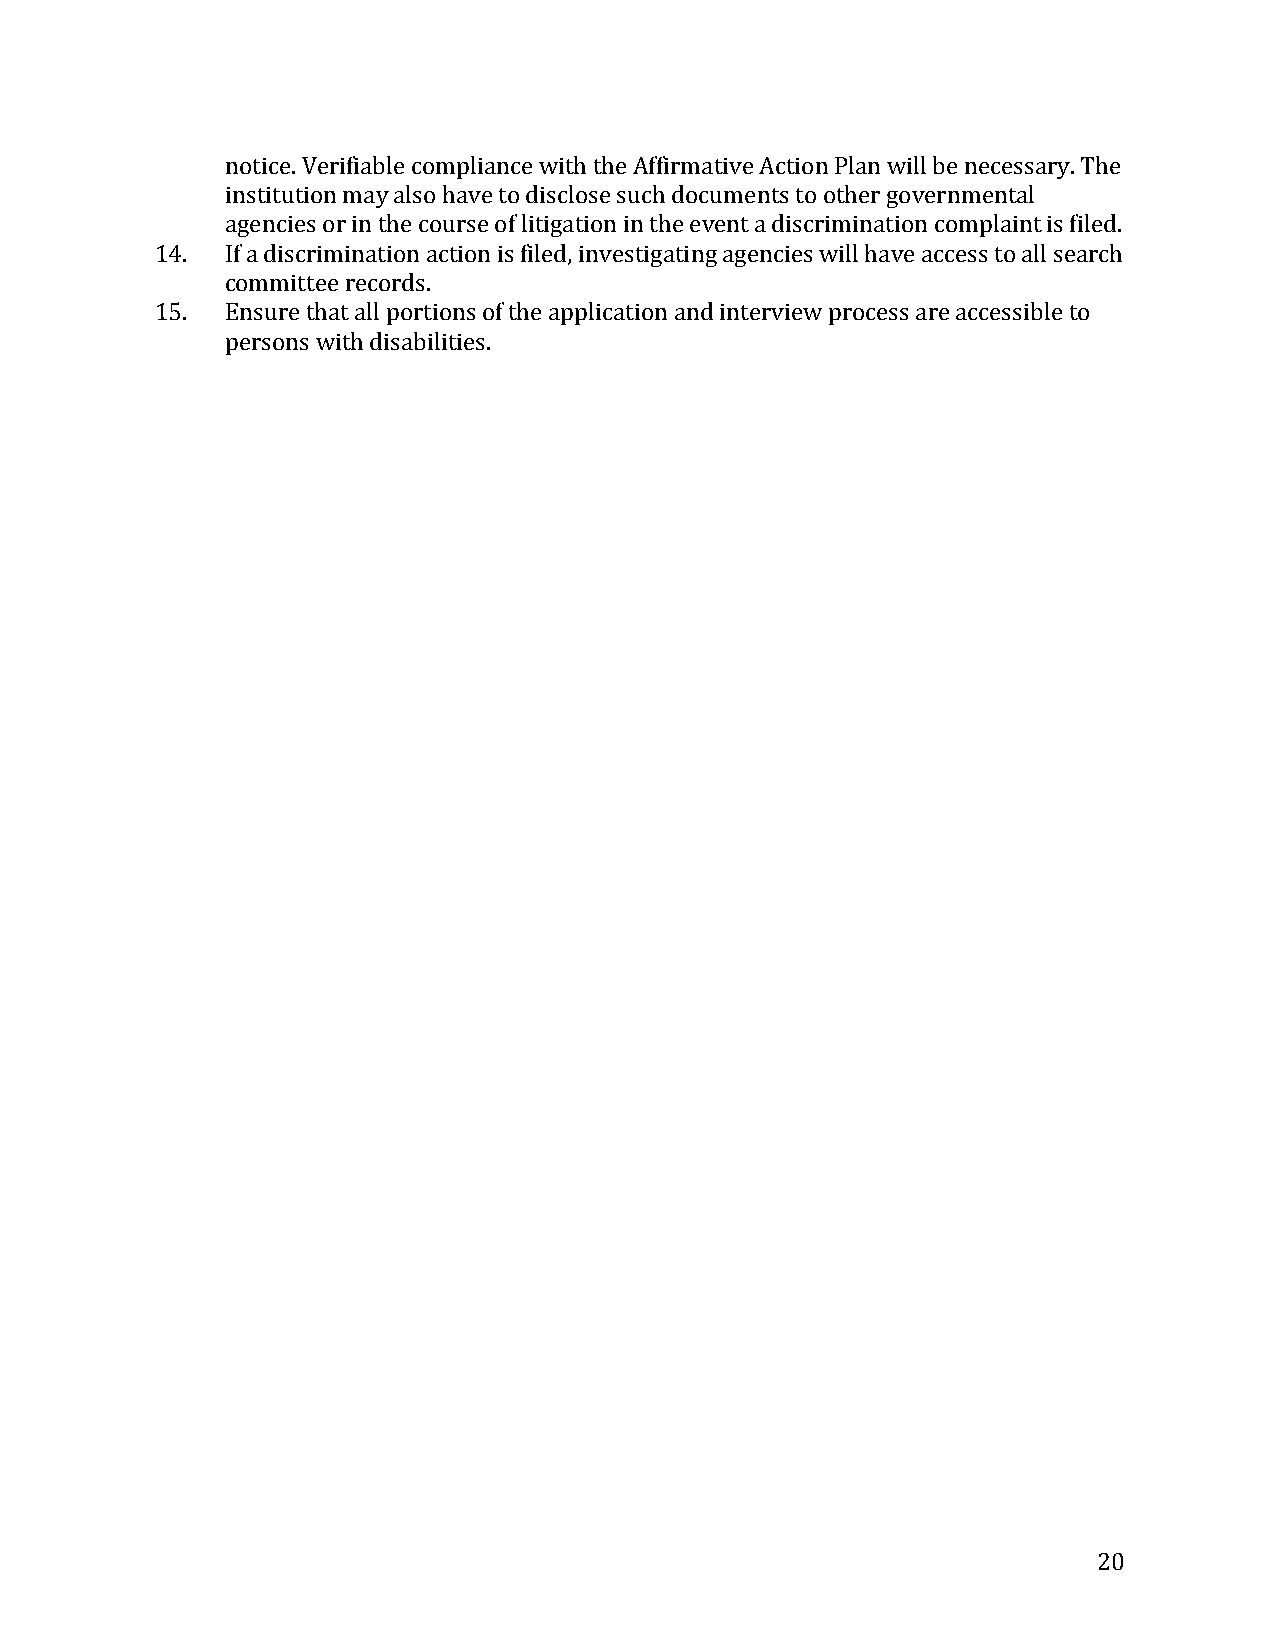
notice. Verifiable compliance with the Affirmative Action Plan will be necessary. The
 institution may also have to disclose such documents to other governmental
 agencies or in the course of litigation in the event a discrimination complaint is filed.
 14.  If a discrimination action is filed, investigating agencies will have access to all search
 committee records.
 15.  Ensure that all portions of the application and interview process are accessible to
 persons with disabilities.
 20